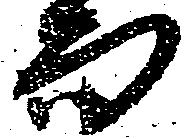
而